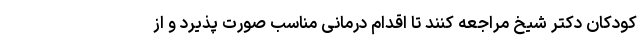
کودکان دکتر شیخ مراجعه کنند تا اقدام درمانی مناسب صورت پذیرد و از